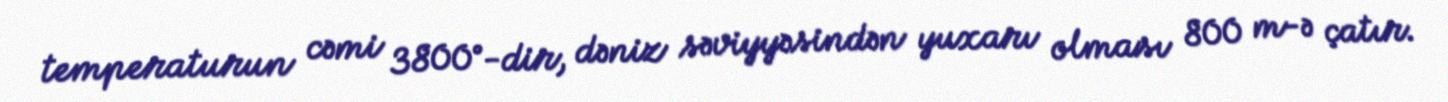
temperaturun cəmi 3800°-dir, dəniz səviyyəsindən yuxarı olması 800 m-ə çatır.